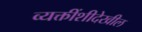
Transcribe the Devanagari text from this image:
व्यक्तींशीदेखील